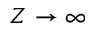
Z \to \infty